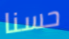
حسنا